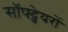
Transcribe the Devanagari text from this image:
सॉफ्ट्वेयरों